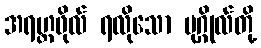
အရဟ္တဖိုလ် ရလိုသော ပုဂ္ဂိုလ်တို့